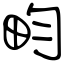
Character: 畇